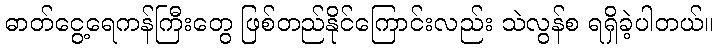
ဓာတ်ငွေ့ရေကန်ကြီးတွေ ဖြစ်တည်နိုင်ကြောင်းလည်း သဲလွန်စ ရရှိခဲ့ပါတယ်။